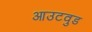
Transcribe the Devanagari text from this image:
आउटवुड